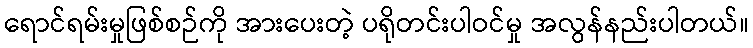
ရောင်ရမ်းမှုဖြစ်စဉ်ကို အားပေးတဲ့ ပရိုတင်းပါဝင်မှု အလွန်နည်းပါတယ်။